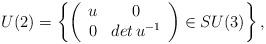
LaTeX: \begin{align*}U(2)=\left\{\left(\begin{array}{cc}u & 0\\0 & {det\,u^{-{1}}}\\\end{array}\right) \in SU(3)\right\},\end{align*}